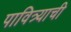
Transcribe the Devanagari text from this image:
पावित्र्याची